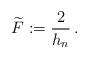
LaTeX: \begin{align*}\widetilde F:=\frac{2}{h_n}\,.\end{align*}